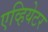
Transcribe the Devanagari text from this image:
एव्हियेटर